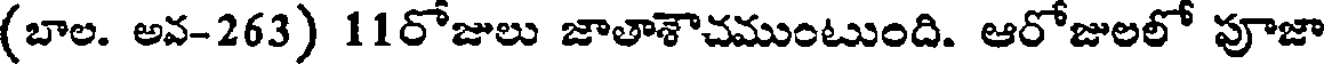
(బాల. అవ-263) 11రోజులు జాతాశౌచముంటుంది. ఆరోజులలో పూజా